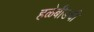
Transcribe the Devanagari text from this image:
हळेबीडची